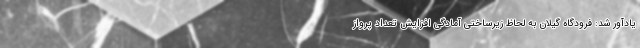
یادآور شد: فرودگاه گیلان به لحاظ زیرساختی آمادگی افزایش تعداد پرواز